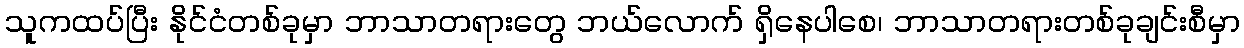
သူကထပ်ပြီး နိုင်ငံတစ်ခုမှာ ဘာသာတရားတွေ ဘယ်လောက် ရှိနေပါစေ၊ ဘာသာတရားတစ်ခုချင်းစီမှာ